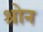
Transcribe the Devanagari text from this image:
श्रोन